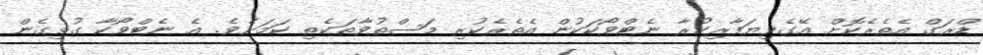
ޑްރަގް އެތެރެކޮށް އޭގެވިޔަފާރިކުރާ ނެޓްވޯކަކުން އެތެރެކުރި މަސްތުވާތަކެތި ކަމަށެވެ. އެ ނެޓްވޯކާ ގުޅިގެން